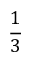
\frac 1 3